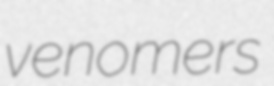
venomers